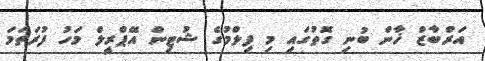
އަރްބާޒް ޚާން ބުނި ގޮތުގައި މި ފިލްމުގެ ޝުޓިން އޭޕްރީލް މަަހު ފުރަތަމަ